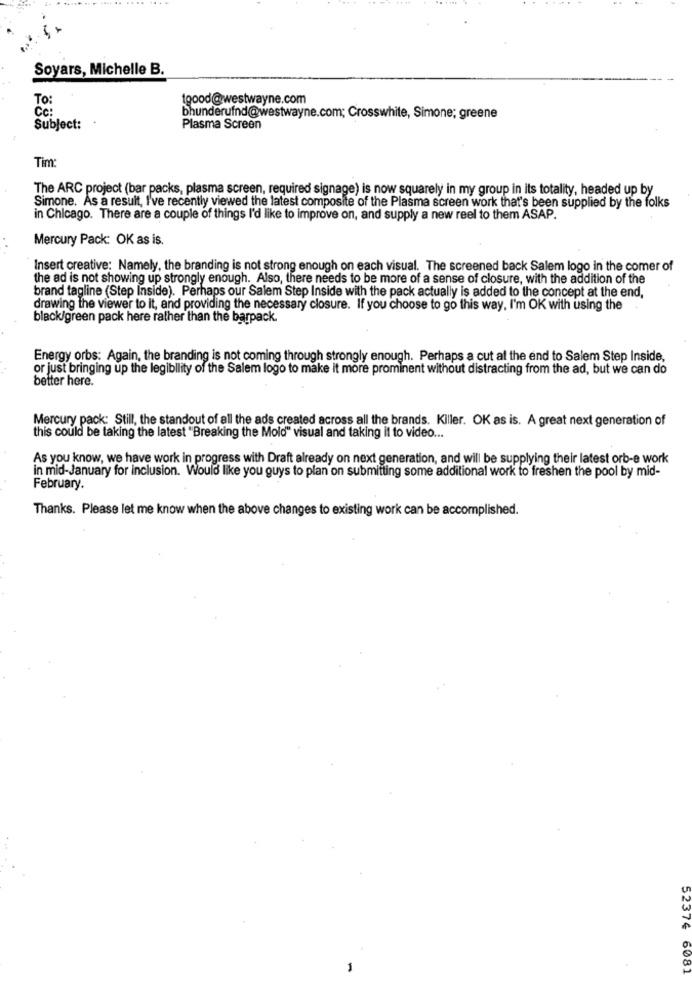
Soyars, Michelle B.
To:
tgood@westwayne.com
Cc:
bhunderufnd@westwayne.com; Crosswhite, Simone; greene
Subject:
Plasma Screen
Tim:
The ARC project (bar packs, plasma screen, required signage) is now squarely in my group in its totality, headed up by
Simone. As a result, I've recently viewed the latest composite of the Plasma screen work that's been supplied by the folks
in Chicago. There are a couple of things I'd like to improve on, and supply a new reel to them ASAP.
Mercury Pack: OK as is.
Insert creative: Namely, the branding is not strong enough on each visual. The screened back Salem logo in the comer of
the ad is not showing up strongly enough. Also, there needs to be more of a sense of closure, with the addition of the
brand tagline (Step Inside). Perhaps our Salem Step Inside with the pack actually is added to the concept at the end,
drawing the viewer to it, and providing the necessary closure. If you choose to go this way, I'm OK with using the
black/green pack here rather than the barpack.
Energy orbs: Again, the branding is not coming through strongly enough. Perhaps a cut at the end to Salem Step Inside,
or just bringing up the legibility of the Salem logo to make it more prominent without distracting from the ad, but we can do
better here.
Mercury pack: Still, the standout of all the ads created across all the brands. Killer. OK as is. A great next generation of
this could be taking the latest "Breaking the Mold" visual and taking it to video ...
As you know, we have work in progress with Draft already on next generation, and will be supplying their latest orb-e work
in mid-January for inclusion. Would like you guys to plan on submitting some additional work to freshen the pool by mid-
February.
Thanks. Please let me know when the above changes to existing work can be accomplished.
52374 6081